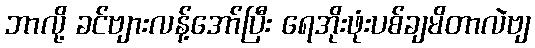
ဘာလို့ ခင်ဗျားလန့်အော်ပြီး ရေအိုးဖုံးပစ်ချမိတာလဲဗျ